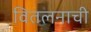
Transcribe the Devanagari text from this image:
वितलनाची